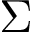
\Sigma